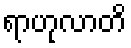
ရာဟုလာတိ